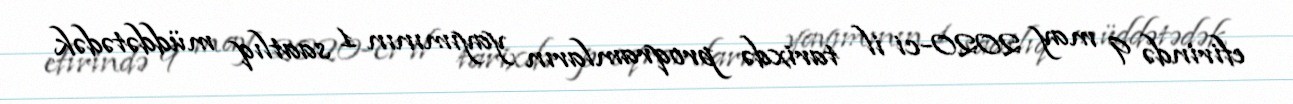
efirində 9 may 2020-ci il tarixdə proqramların yayımının 1 saatlıq müddətədək